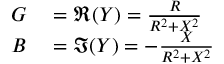
\begin{array} { r l } { G } & { { } = \Re ( Y ) = { \frac { R } { R ^ { 2 } + X ^ { 2 } } } } \\ { B } & { { } = \Im ( Y ) = - { \frac { X } { R ^ { 2 } + X ^ { 2 } } } } \end{array}